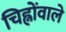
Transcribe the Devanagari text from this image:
चिह्नोंवाले